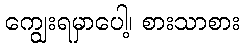
ကျွေးရမှာပေါ့၊ စားသာစား